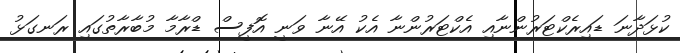
ކުޅަދާނަ ޑައިރެކްޓަރުންނާއި އެކްޓަރުންނާ އެކު އޭނާ ވަނީ އޮފީސް ޑްރާމާ މުބާރާތުގައި ރަނގަޅު